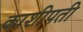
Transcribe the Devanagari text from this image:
काशीपती